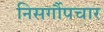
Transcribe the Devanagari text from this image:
निसर्गौपचार